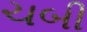
ચબી